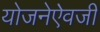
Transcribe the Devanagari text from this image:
योजनेऐवजी